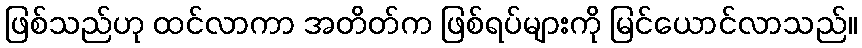
ဖြစ်သည်ဟု ထင်လာကာ အတိတ်က ဖြစ်ရပ်များကို မြင်ယောင်လာသည်။